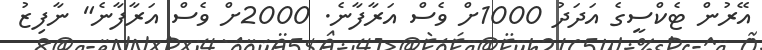
އޭރުން ޓެކްސީގެ އަދަދު 1000ށް ވެސް އަރާފާނެ. 2000ށް ވެސް އަރާފާނެ" ނާފިޒު